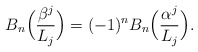
\begin{align*}B_n \Big(\frac{\beta^j }{L_j}\Big) = (-1)^n B_n \Big(\frac{\alpha ^j }{L_j}\Big).\end{align*}